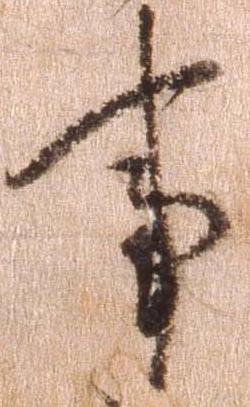
事